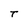
Character: T